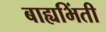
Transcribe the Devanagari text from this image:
बाह्यभिंती